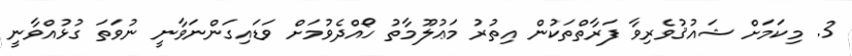
3. މިކަމަށް ޝައުޤުވެރިވާ ފަރާތްތަކުން އިތުރު މަޢުލޫމާތު ހޯއްދެވުމަށް ވަޑައިގަންނަވާނީ ނުވަތަ ގުޅުއްވާނީ